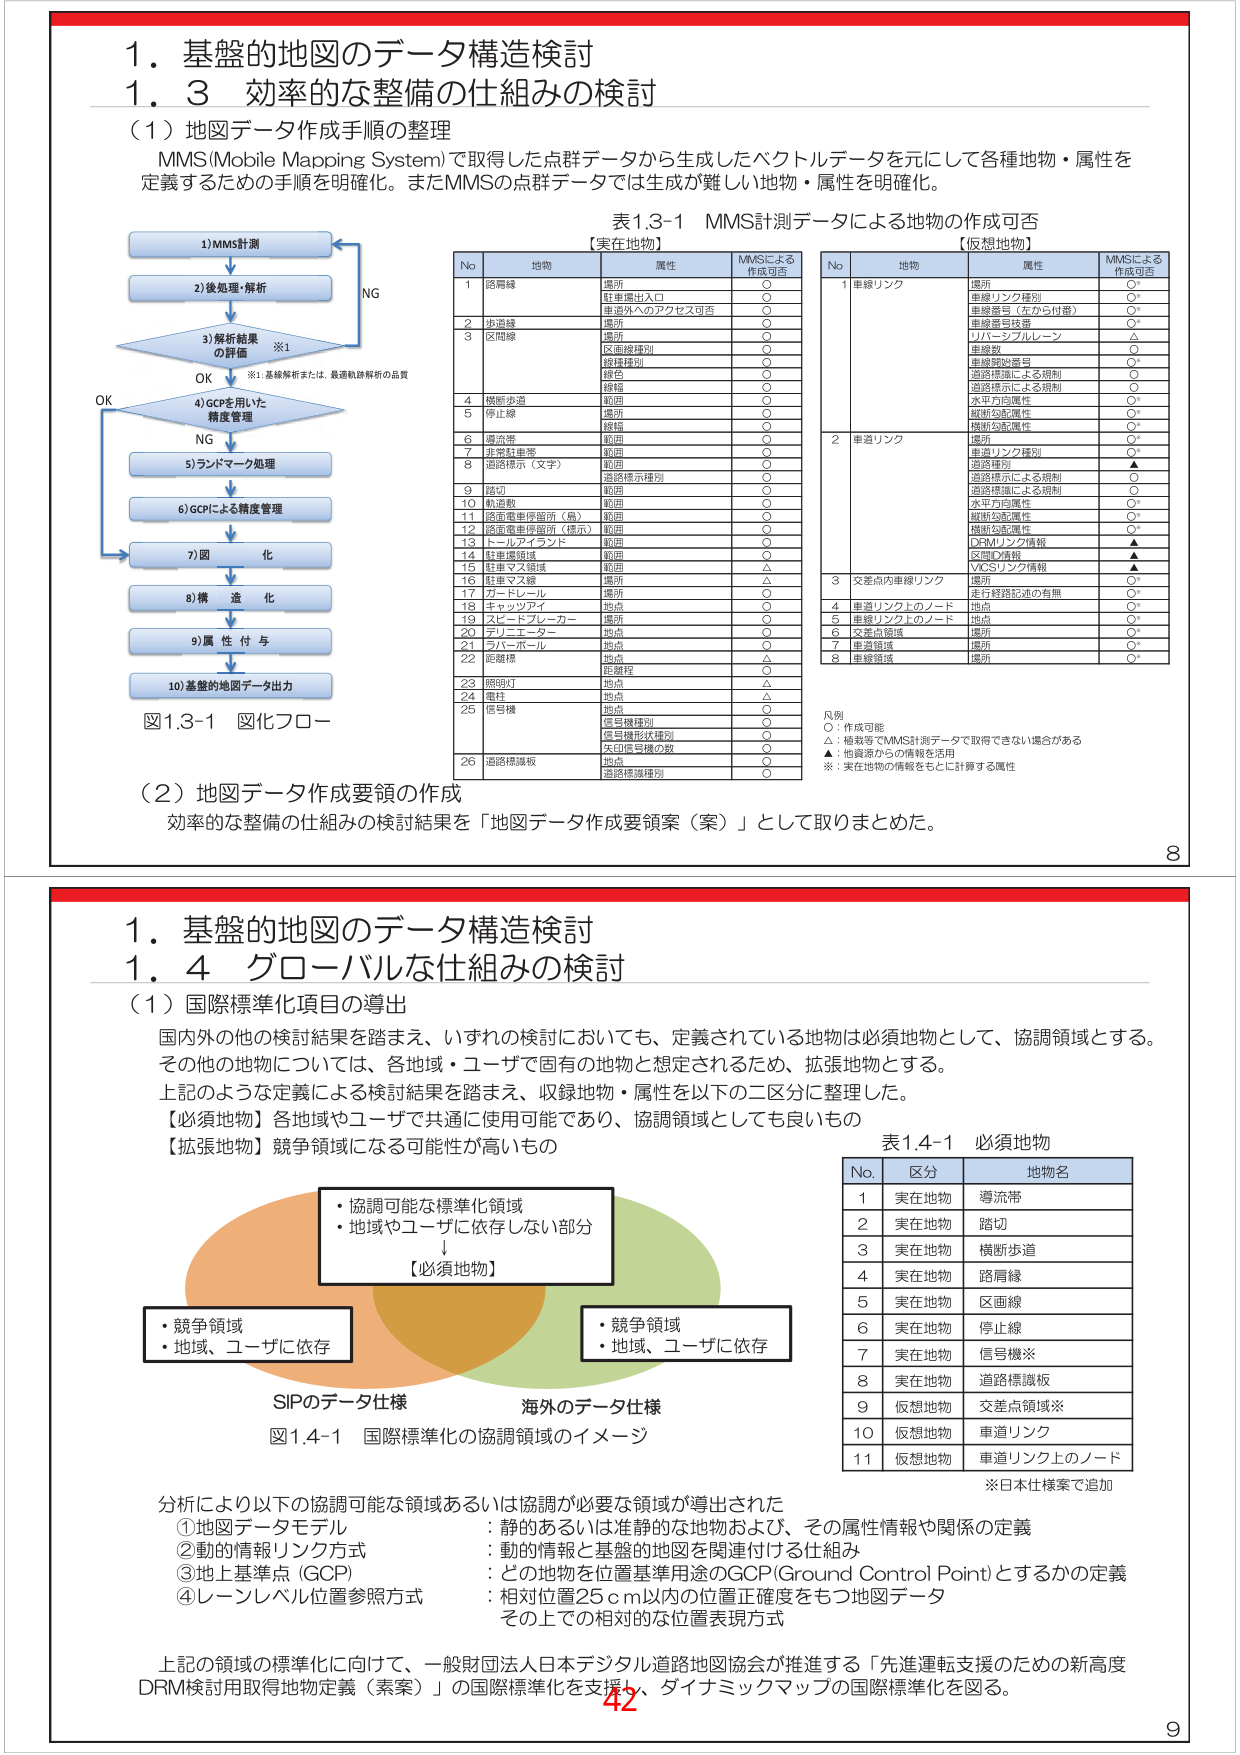
1. 基盤的地図のデータ構造検討
1.3 効率的な整備の仕組みの検討

（1）地図データ作成手順の整理
MMS(Mobile Mapping System)で取得した点群データから生成したベクトルデータを元にして各種地物・属性を定義するための手順を明確化。またMMSの点群データでは生成が難しい地物・属性を明確化。

図1.3-1 図化フロー
1) MMS計測
↓
2) 後処理・解析
↓
3) 解析結果の評価 ※1
　　OK → 4) GCPを用いた精度管理
　　NG → 5) ランドマーク処理
↓
6) GCPによる精度管理
↓
7) 図化
↓
8) 構造化
↓
9) 属性付与
↓
10) 基盤的地図データ出力

※1: 基線解析または、最適軌跡解析の品質

表1.3-1 MMS計測データによる地物の作成可否

【実在地物】
No 地物 属性 MMSによる作成可否
1 路肩縁 場所 ○
　　駐車場出入口 ○
　　車道外へのアクセス可否 ○
2 歩道縁 場所 ○
3 区間線 場所 ○
　　区画線種別 ○
　　線種種別 ○
　　線色 ○
　　線幅 ○
4 横断歩道 範囲 ○
5 停止線 場所 ○
　　線幅 ○
6 導流帯 範囲 ○
7 非常駐車帯 範囲 ○
8 道路標示（文字） 範囲 ○
　　道路標示種別 ○
9 踏切 範囲 ○
10 軌道敷 範囲 ○
11 路面電車停留所（島） 範囲 ○
12 路面電車停留所（標示） 範囲 ○
13 トールアインダ 範囲 ○
14 駐車標識域 範囲 ○
15 駐車マス領域 範囲 △
16 駐車マス線 場所 △
17 ガードレール 場所 ○
18 キャッチアイ 地点 ○
19 スピードブレーカー 地点 ○
20 テリニュエーター 地点 ○
21 ラバーボール 地点 ○
22 距離標 地点 △
　　距離程 ○
23 照明灯 地点 ○
24 電柱 地点 △
25 信号機 地点 ○
　　信号機種別 ○
　　信号機形状種別 ○
　　矢印信号機の数 ○
26 道路標識板 地点 ○
　　道路標識種別 ○

【仮想地物】
No 地物 属性 MMSによる作成可否
1 車線リンク 場所 ○
　　車線リンク種別 ○
　　車線番号（左から付番） ○
　　車線番号後番 ○
　　リバーシングルーン △
　　車線数 ○
　　車線開始番号 ○
　　道路標識による規制 ○
　　道路標示による規制 ○
　　水平方向属性 ○
　　縦断勾配属性 ○
　　横断勾配属性 ○
　　VICSリンク情報 ▲
2 車道リンク 場所 ○
　　車線リンク種別 ○
　　道路種別 ▲
　　道路標示による規制 ○
　　道路標識による規制 ○
　　水平方向属性 ○
　　縦断勾配属性 ○
　　横断勾配属性 ○
　　VICSリンク情報 ▲
3 交差点内車線リンク 走行経路記述の有無 ○
4 車道リンク上のノード 地点 ○
5 車線リンク上のノード 地点 ○
6 交差点領域 場所 ○
7 車道領域 場所 ○
8 車線領域 場所 ○

凡例
○：作成可能
△：補完等でMMS計測データで取得できない場合がある
▲：他資源からの情報を活用
※：実在地物の情報をもとに計算する属性

（2）地図データ作成要領の作成
効率的な整備の仕組みの検討結果を「地図データ作成要領案（案）」として取りまとめた。

8

1. 基盤的地図のデータ構造検討
1.4 グローバルな仕組みの検討

（1）国際標準化項目の導出
国内外の他の検討結果を踏まえ、いずれの検討においても、定義されている地物は必須地物として、協調領域とする。
その他の地物については、各地域・ユーザで固有の地物と想定されるため、拡張地物とする。
上記のような定義による検討結果を踏まえ、収録地物・属性を以下の二区分に整理した。
【必須地物】各地域やユーザで共通に使用可能であり、協調領域としても良いもの
【拡張地物】競争領域になる可能性が高いもの

図1.4-1 国際標準化の協調領域のイメージ
SIPのデータ仕様
海外のデータ仕様

・協調可能な標準化領域
・地域やユーザに依存しない部分
　↓
【必須地物】

・競争領域
・地域、ユーザに依存

表1.4-1 必須地物
No 区分 地物名
1 実在地物 導流帯
2 実在地物 踏切
3 実在地物 横断歩道
4 実在地物 路肩縁
5 実在地物 区画線
6 実在地物 停止線
7 実在地物 信号機※
8 実在地物 道路標識板
9 仮想地物 交差点領域※
10 仮想地物 車道リンク
11 仮想地物 車道リンク上のノード

※日本仕様案で追加

分析により以下の協調可能な領域あるいは協調が必要な領域が導出された
①地図データモデル ：静的あるいは準静的な地物および、その属性情報や関係の定義
②動的情報リンク方式 ：動的情報と基盤的地図を関連付ける仕組み
③地上基準点（GCP） ：どの地物を位置基準用途のGCP(Ground Control Point)とするかの定義
④レーンレベル位置参照方式 ：相対位置25ｃｍ以内の位置正確度をもつ地図データ
　　その上での相対的な位置表現方式

上記の領域の標準化に向けて、一般財団法人日本デジタル道路地図協会が推進する「先進運転支援のための新高度DRM検討用取得地物定義（素案）」の国際標準化を支援し、ダイナミックマップの国際標準化を図る。

42
9